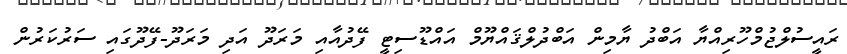
ރައީސުލްޖުމްހޫރިއްޔާ އަބްދު ޔާމިން އަބްދުލްޤައްޔޫމް އައްޑޫސިޓީ ފޭދުއާއި މަރަދޫ އަދި މަރަދޫ-ފޭދޫގައި ސަރުކަރުން